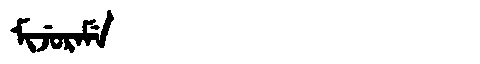
Manchu: ᠮᡳᠵᡠᡵᠠᠮᡝ
Romanization: MIJURAME